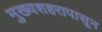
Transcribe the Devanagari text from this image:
मुख्यशहरापासून